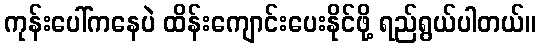
ကုန်းပေါ်ကနေပဲ ထိန်းကျောင်းပေးနိုင်ဖို့ ရည်ရွယ်ပါတယ်။